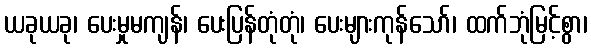
ယခုယခု၊ ပေးမှုမကျန်၊ ပေးပြန်တုံတုံ၊ ပေးများကုန်သော်၊ ထက်ဘုံမြင့်စွာ၊